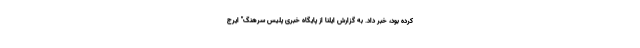
کرده بود، خبر داد. به گزارش ایلنا از پایگاه خبری پلیس سرهنگ" ایرج